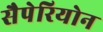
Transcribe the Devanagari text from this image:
सैपेरियोन